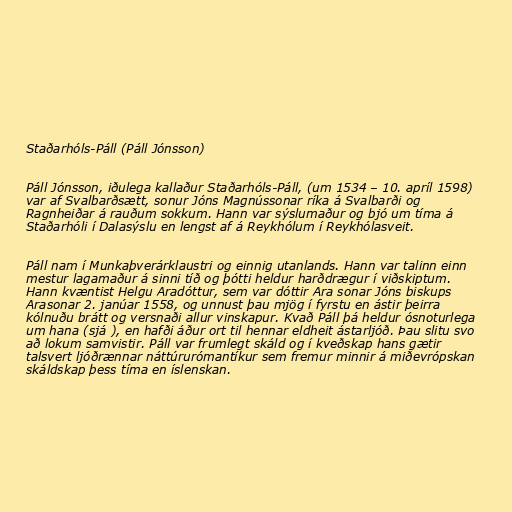
Staðarhóls-Páll (Páll Jónsson)

Páll Jónsson, iðulega kallaður Staðarhóls-Páll, (um 1534 – 10. apríl 1598)
var af Svalbarðsætt, sonur Jóns Magnússonar ríka á Svalbarði og
Ragnheiðar á rauðum sokkum. Hann var sýslumaður og bjó um tíma á
Staðarhóli í Dalasýslu en lengst af á Reykhólum í Reykhólasveit.

Páll nam í Munkaþverárklaustri og einnig utanlands. Hann var talinn einn
mestur lagamaður á sinni tíð og þótti heldur harðdrægur í viðskiptum.
Hann kvæntist Helgu Aradóttur, sem var dóttir Ara sonar Jóns biskups
Arasonar 2. janúar 1558, og unnust þau mjög í fyrstu en ástir þeirra
kólnuðu brátt og versnaði allur vinskapur. Kvað Páll þá heldur ósnoturlega
um hana (sjá ), en hafði áður ort til hennar eldheit ástarljóð. Þau slitu svo
að lokum samvistir. Páll var frumlegt skáld og í kveðskap hans gætir
talsvert ljóðrænnar náttúrurómantíkur sem fremur minnir á miðevrópskan
skáldskap þess tíma en íslenskan.